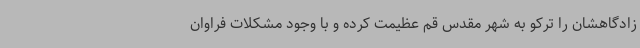
زادگاهشان را ترکو به شهر مقدس قم عظیمت کرده و با وجود مشکلات فراوان